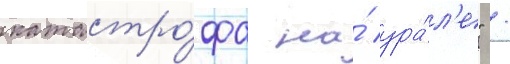
катастро́фа на́ ура́л'е" /